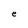
Character: e